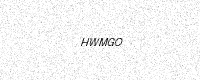
Text: HWMGO